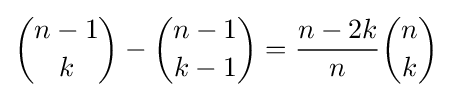
{\binom {n-1}{k}}-{\binom {n-1}{k-1}}={\frac {n-2k}{n}}{\binom {n}{k}}